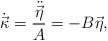
LaTeX: \begin{align*}\dot{\vec{\kappa}}=\frac{\ddot{\vec{\eta}}}{A}=-B\vec{\eta}, \end{align*}